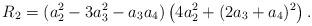
LaTeX: \begin{align*}R_2=(a_2^2 - 3 a_3^2 - a_3 a_4) \left(4 a_2^2 + (2 a_3 + a_4)^2\right).\end{align*}